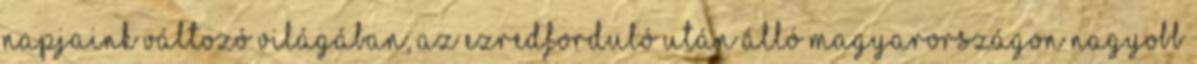
napjaink változó világában, az ezredforduló után álló Magyarországon nagyobb